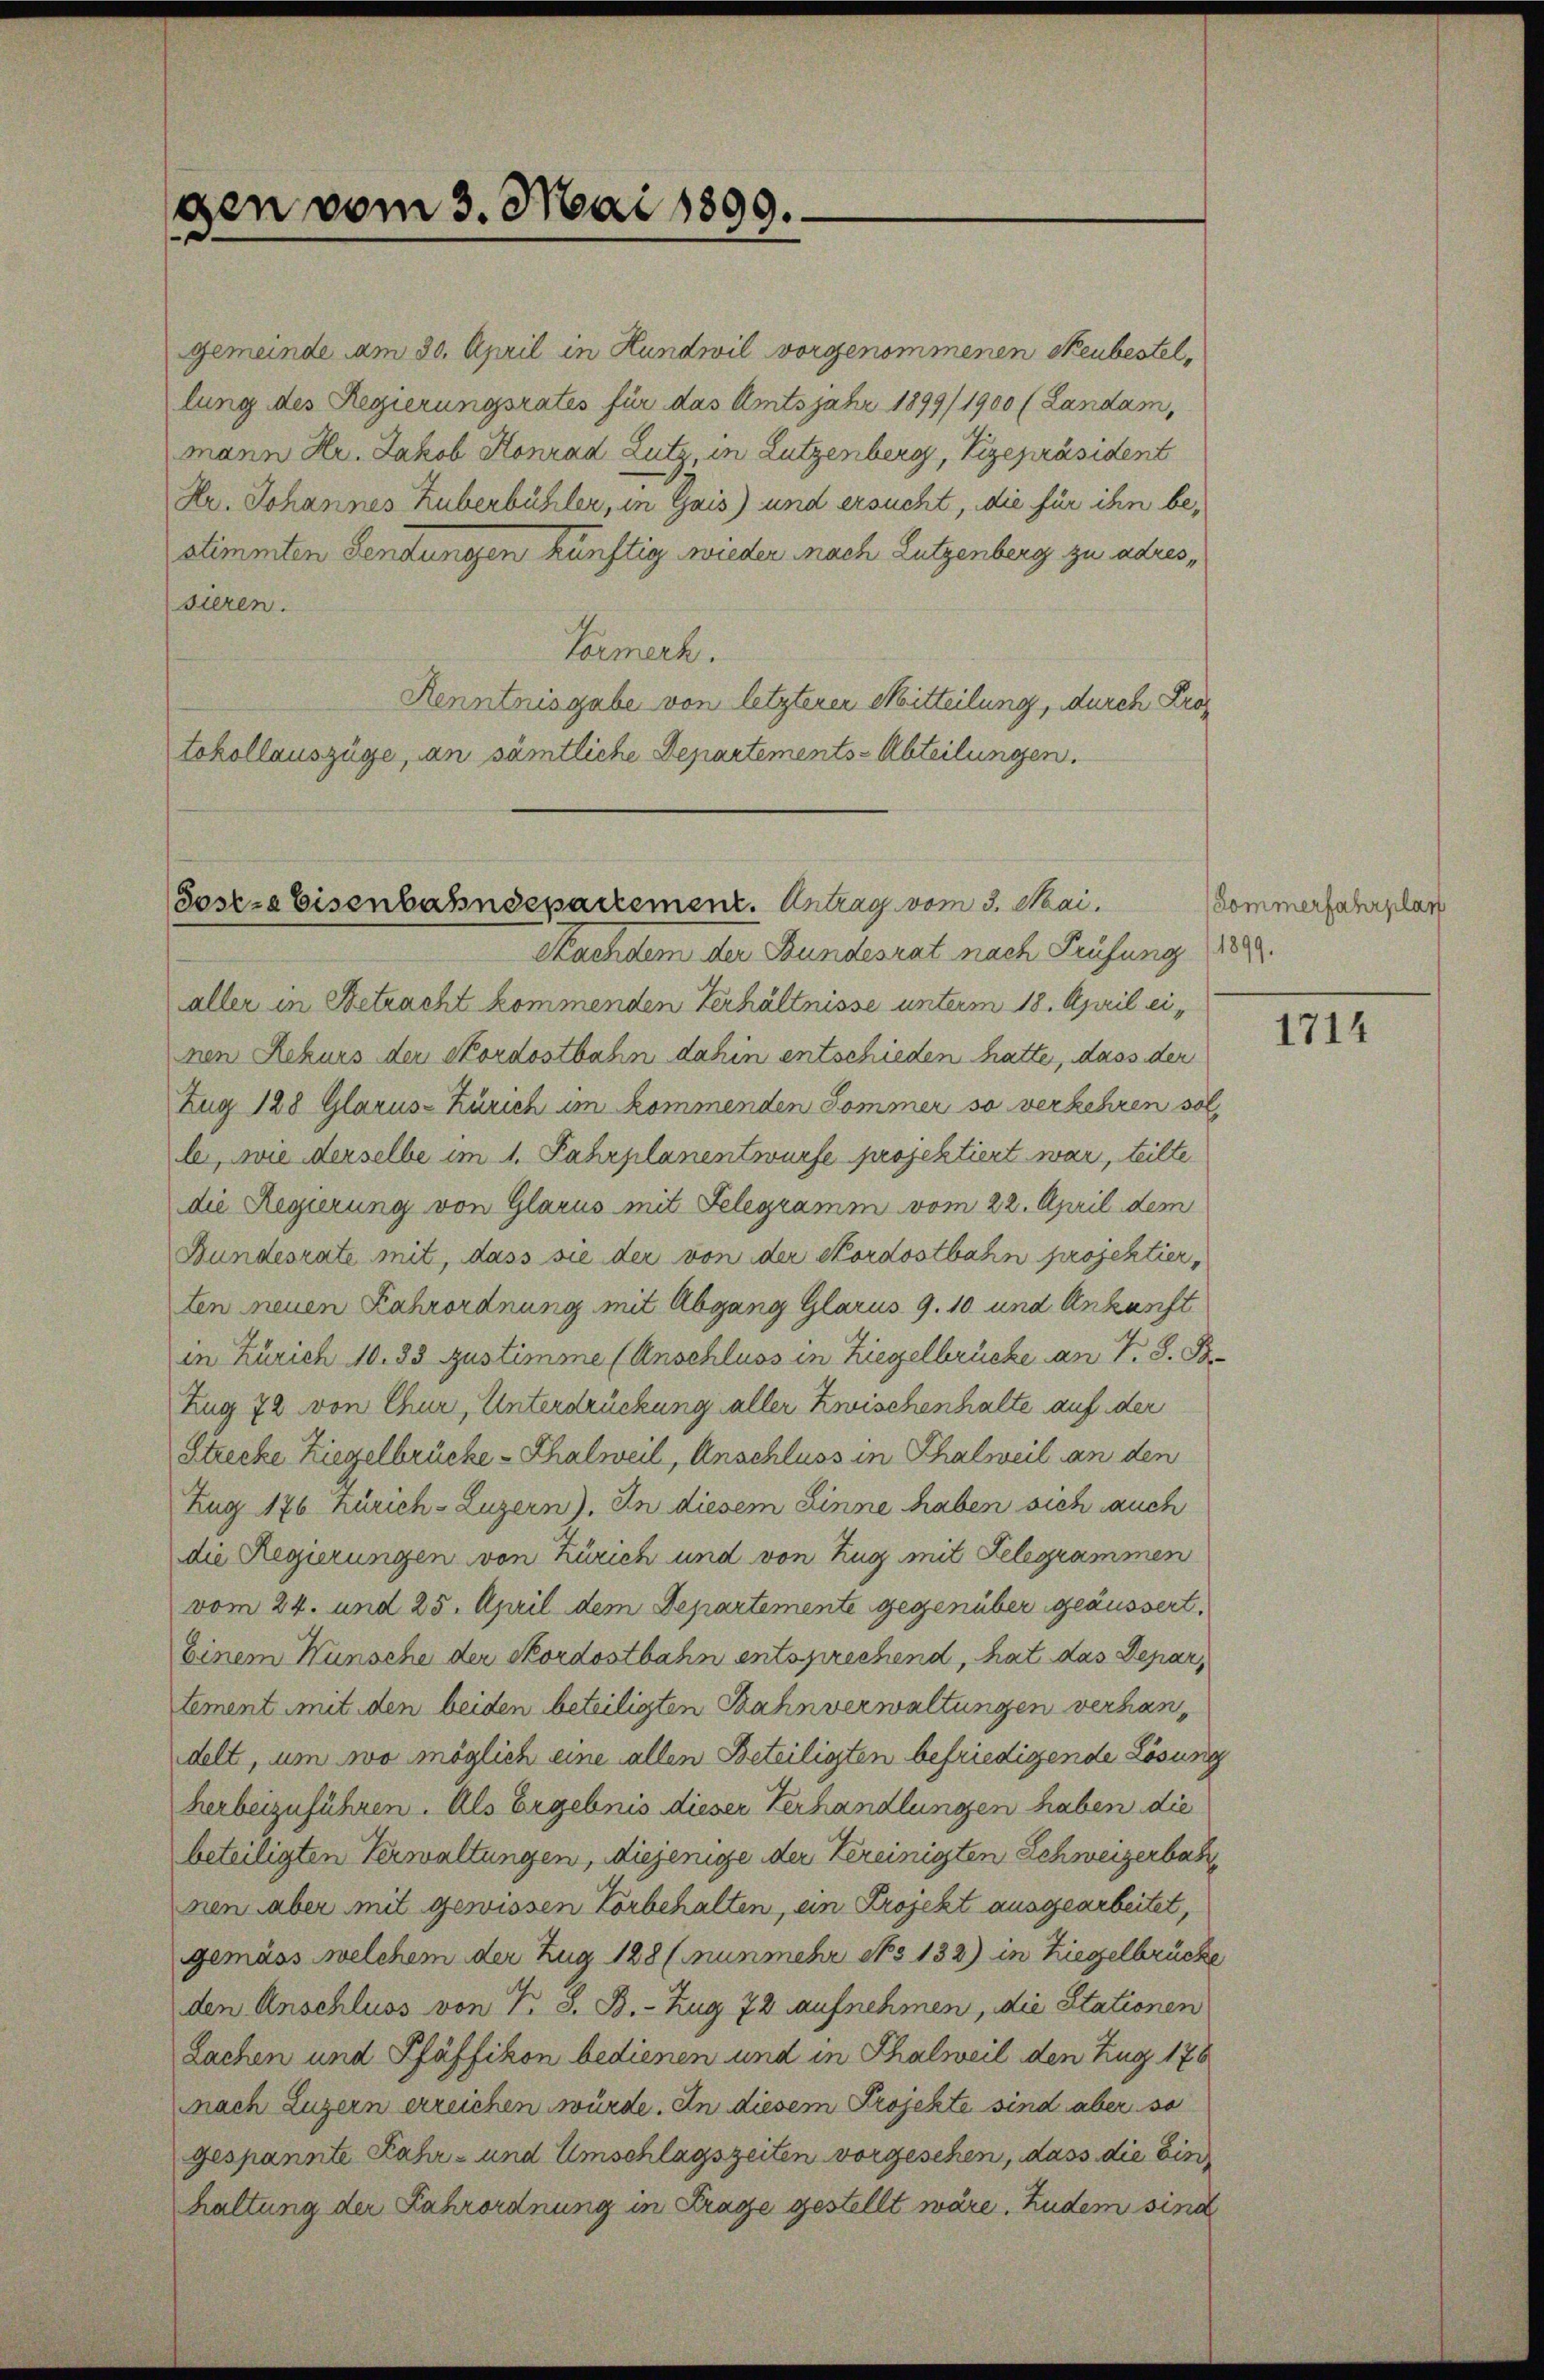
stimmten Sendungen künftig wieder nach Lutzenberg zu adres,
sieren.
Vormerk.
Kenntnisgabe von letzterer Mitteilung, durch Proz
tokollauszüge, an sämtliche Departements-Abteilungen.

gen vom 3. Mai 1899.

gemeinde am 30. April in Hundwil vorgenommenen Neubestellung des Regierungsrates für das Amtsjahr 1899/1900 (Landam,
mann Hr. Jakob Konrad Lutz, in Lutzenberg, Vizepräsident
Hr. Johannes Huberbühler, in Gais) und ersucht, die für ihn be¬

Sosere Eisenbahndepartement. Antrag vom 3. Mai.
Nachdem der Bundesrat nach Prüfung 1889.

aller in Betracht kommenden Verhältnisse unterm 18. April einen Rekurs der Skordostbahn dahin entschieden hatte, dass der
Zug 128 Glarus-Zürich im kommenden Sommer so verkehren sol
le, wie derselbe im 1. Fahrplanentwürfe projektiert war, teilte
die Regierung von Glarus mit Gelegramm vom 22. April dem
Bundesrate mit, dass sie der von der Kordostbahn projektierten neuen Fahrordnung mit Abgang Glarus 9. 10 und Ankunft
in Zürich 10. 33 Zustimme (Anschluss in Ziegelbrücke an T. S. B.
Zug 72 von Chur, Unterdrückung aller Zwischenhalte auf der
Strecke Ziegelbrücke - Thalweil, Anschluss in Thalweil an den
Zug 176 Zürich-Luzern). In diesem Zinne haben sich auch
die Regierungen von Zürich und von Zug mit Gelegrammen
vom 24. und 25. April dem Departemente gegenüber geäussert,
Einem Wunsche der Skordostbahn entsprechend, hat das Depar,
tement mit den beiden beteiligten Bahnverwaltungen verhandelt, um wo möglich eine allen Beteiligten befriedigende Lösung
herbeizuführen. Als Ergebnis dieser Verhandlungen haben die
beteiligten Verwaltungen, diejenige der Vereinigten Schweizerbah
nen aber mit gewissen Vorbehalten, ein Projekt ausgearbeitet,
gemäss welchem der Zug 128 (nunmehr No 132) in Ziegelbrücke
den Anschluss von P. S. B. - Zug 72 aufnehmen, die Stationen
Lachen und Pfäffikon bedienen und in Thalweil den Zug 178
nach Luzern erreichen würde. In diesem Projekte sind aber so
gespannte Zahr- und Umschlagszeiten vorgesehen, dass die Ein
haltung der Fahrordnung in Frage gestellt wäre. Zudem sind

(Kommerfahrplan

1714